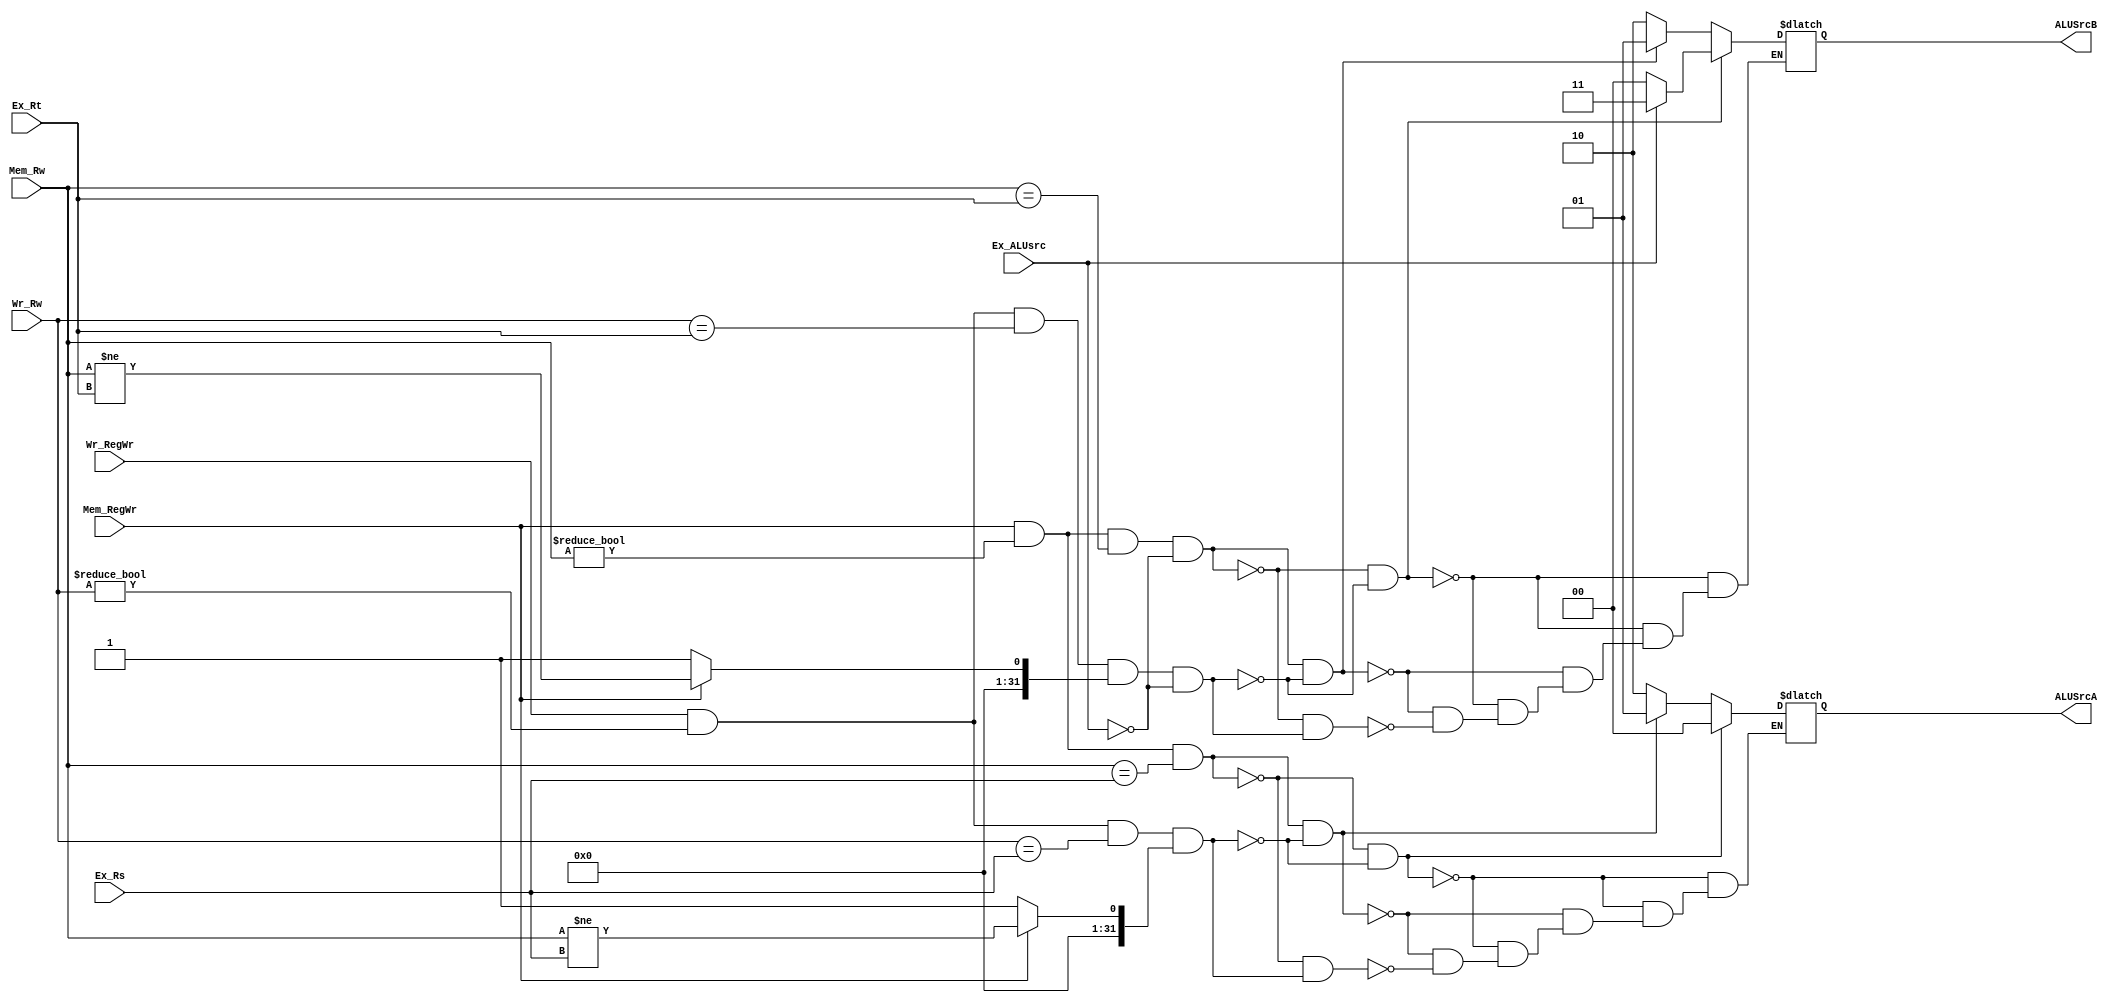
module ForwardingDetect(//
    input Ex_ALUsrc,
    input[4:0] Ex_Rs,
    input[4:0] Ex_Rt,
    input[4:0] Mem_Rw,
    input Mem_RegWr,
    input[4:0] Wr_Rw,
    input Wr_RegWr,
    
    output reg[1:0] ALUSrcA,//00 busA  01 Mem_ALUres  10 Wr_ALUres
    output reg[1:0] ALUSrcB//00 busB  01 Mem_ALUres  10Wr_ALU_res  11 imm32
);
//
//1
//2$0
//3c1Xc2X1
wire c1A,c1B,c2A,c2B;
assign c1A=Mem_RegWr&&(Mem_Rw!=5'h00)&&(Mem_Rw==Ex_Rs);
assign c1B=Mem_RegWr&&(Mem_Rw!=5'h00)&&(Mem_Rw==Ex_Rt)&&(!Ex_ALUsrc);
assign c2A=Wr_RegWr&&(Wr_Rw!=5'h00)&&(Wr_Rw==Ex_Rs)&&(Mem_RegWr?(Mem_Rw!=Ex_Rs):1);
assign c2B=Wr_RegWr&&(Wr_Rw!=5'h00)&&(Wr_Rw==Ex_Rt)&&(Mem_RegWr?(Mem_Rw!=Ex_Rt):1)&&(!Ex_ALUsrc);
                                                                                                                 

always @(Ex_ALUsrc or c1A or c2A or c1B or c2B) begin
    if(!c1A&&!c2A)ALUSrcA=2'b00;
    else if(c1A&&!c2A)ALUSrcA=2'b01;
    else if(!c1A&&c2A)ALUSrcA=2'b10;

    if((!c1B&&!c2B))begin
        if(!Ex_ALUsrc)ALUSrcB=2'b00;
        else ALUSrcB=2'b11;
    end
    else begin
        if(c1B&&!c2B)ALUSrcB=2'b01;
        else if(!c1B&&c2B)ALUSrcB=2'b10;
    end
end
endmodule